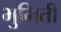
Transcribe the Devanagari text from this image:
भुमिती